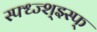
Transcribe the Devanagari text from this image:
स्फ्ध्ज्श्झ्स्फ्